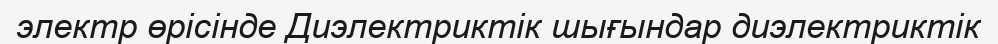
электр өрісінде Диэлектриктік шығындар диэлектриктік